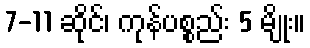
7-11 ဆိုင်၊ ကုန်ပစ္စည်း 5 မျိုး။